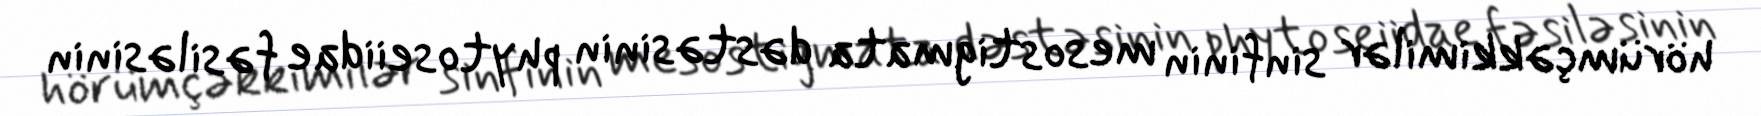
hörümçəkkimilər sinfinin mesostigmata dəstəsinin phytoseiidae fəsiləsinin